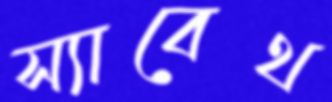
স্যাবেথ